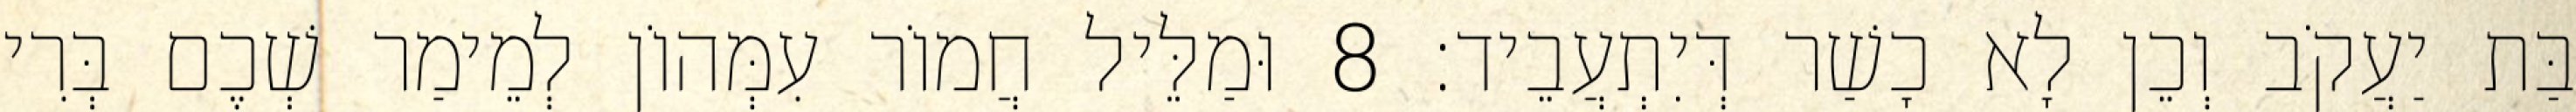
בַּת יַעֲקֹב וְכֵן לָא כָשַׁר דְּיִתְעֲבֵיד׃ 8 וּמַלֵּיל חֲמוֹר עִמְּהוֹן לְמֵימַר שְׁכֶם בְּרִי